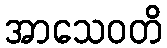
အာသေဝတိ